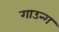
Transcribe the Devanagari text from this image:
गाउन्ग